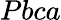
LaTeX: Pbca